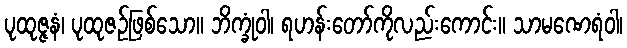
ပုထုဇ္ဇနံ၊ ပုထုဇဉ်ဖြစ်သော။ ဘိက္ခုံဝါ၊ ရဟန်းတော်ကိုလည်းကောင်း။ သာမဏေရံဝါ၊